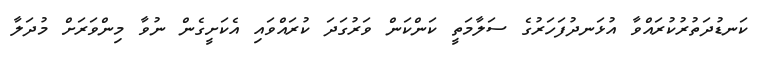
ކަނޑުދަތުރުކުރައްވާ އުޅަނދުފަހަރުގެ ސަލާމަތީ ކަންކަން ވަރުގަދަ ކުރައްވައި އެކަށީގެން ނުވާ މިންވަރަށް މުދަލާ